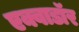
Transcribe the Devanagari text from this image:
एक्वाडॉर